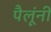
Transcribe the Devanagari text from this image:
पैलूंनी